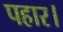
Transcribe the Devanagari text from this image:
पहार।